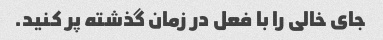
جای خالی را با فعل در زمان گذشته پر کنید.